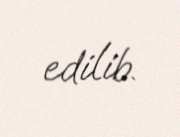
edilib.